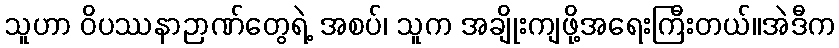
သူဟာ ဝိပဿနာဉာဏ်တွေရဲ့ အစပ်၊ သူက အချိုးကျဖို့အရေးကြီးတယ်။အဲဒီက